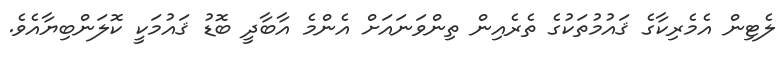
ލެޓިން އެމެރިކާގެ ޤައުމުތަކުގެ ތެރެއިން ތިންވަނައަށް އެންމެ އާބާދީ ބޮޑު ޤައުމަކީ ކޮލަންބިޔާއެވެ.